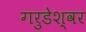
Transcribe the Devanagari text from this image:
गरुडेश्‍वर